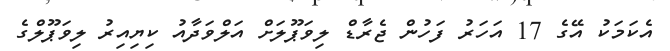
އެކަމަކު އޭގެ 17 އަހަރު ފަހުން ޖެރާޑް ލިވަޕޫލަށް އަލްވަދާއު ކިޔިއިރު ލިވަޕޫލްގެ